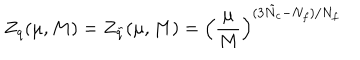
Z _ { q } ( \mu , M ) = Z _ { \tilde { q } } ( \mu , M ) = \left( \frac { \mu } { M } \right) ^ { ( 3 \tilde { N } _ { c } - N _ { f } ) / N _ { f } }